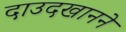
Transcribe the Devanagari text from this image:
दाउदखानने